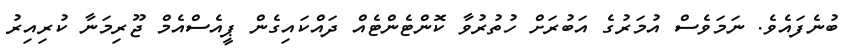
ބުނެފައެވެ. ނަމަވެސް އުމަރުގެ އަބުރަށް ހުތުރުވާ ކޮންޓެންޓެއް ދައްކައިގެން ޕީއެސްއެމް ޖޫރިމަނާ ކުރިއިރު